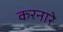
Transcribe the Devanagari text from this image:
करनारे